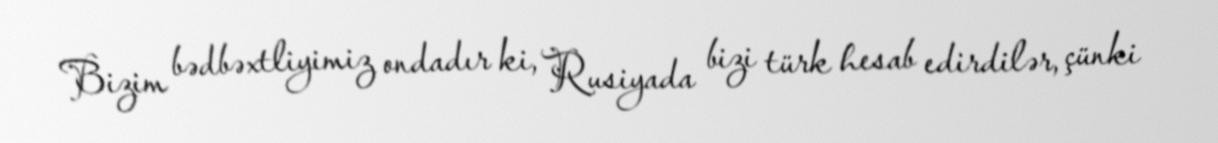
Bizim bədbəxtliyimiz ondadır ki, Rusiyada bizi türk hesab edirdilər, çünki